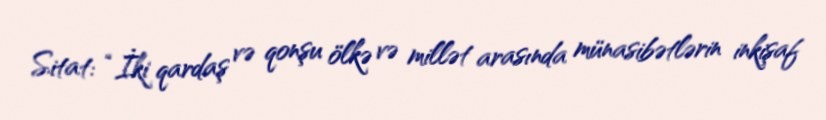
Sitat: “İki qardaş və qonşu ölkə və millət arasında münasibətlərin inkişaf